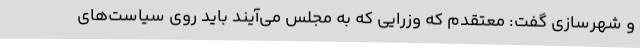
و شهرسازی گفت: معتقدم که وزرایی که به مجلس می‌آیند باید روی سیاست‌های